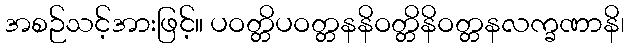
အစဉ်သင့်အားဖြင့်။ ပဝတ္တိပဝတ္တနနိဝတ္တိနိဝတ္တနလက္ခဏာနိ၊